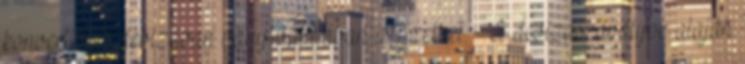
konvertibilis devizában vagy valutában is fizethet. A devizaszabályok alaján